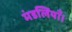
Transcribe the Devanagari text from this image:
मंडलियाँ।